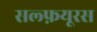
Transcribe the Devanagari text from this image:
सल्फ़यूरस